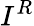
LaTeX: I^{R}